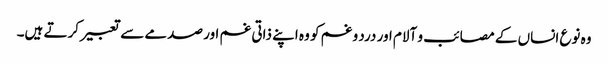
وہ نوع انساں کے مصائب و آلام اور درد و غم کو وہ اپنے ذاتی غم اور صدمے سے تعبیر کرتے ہیں۔